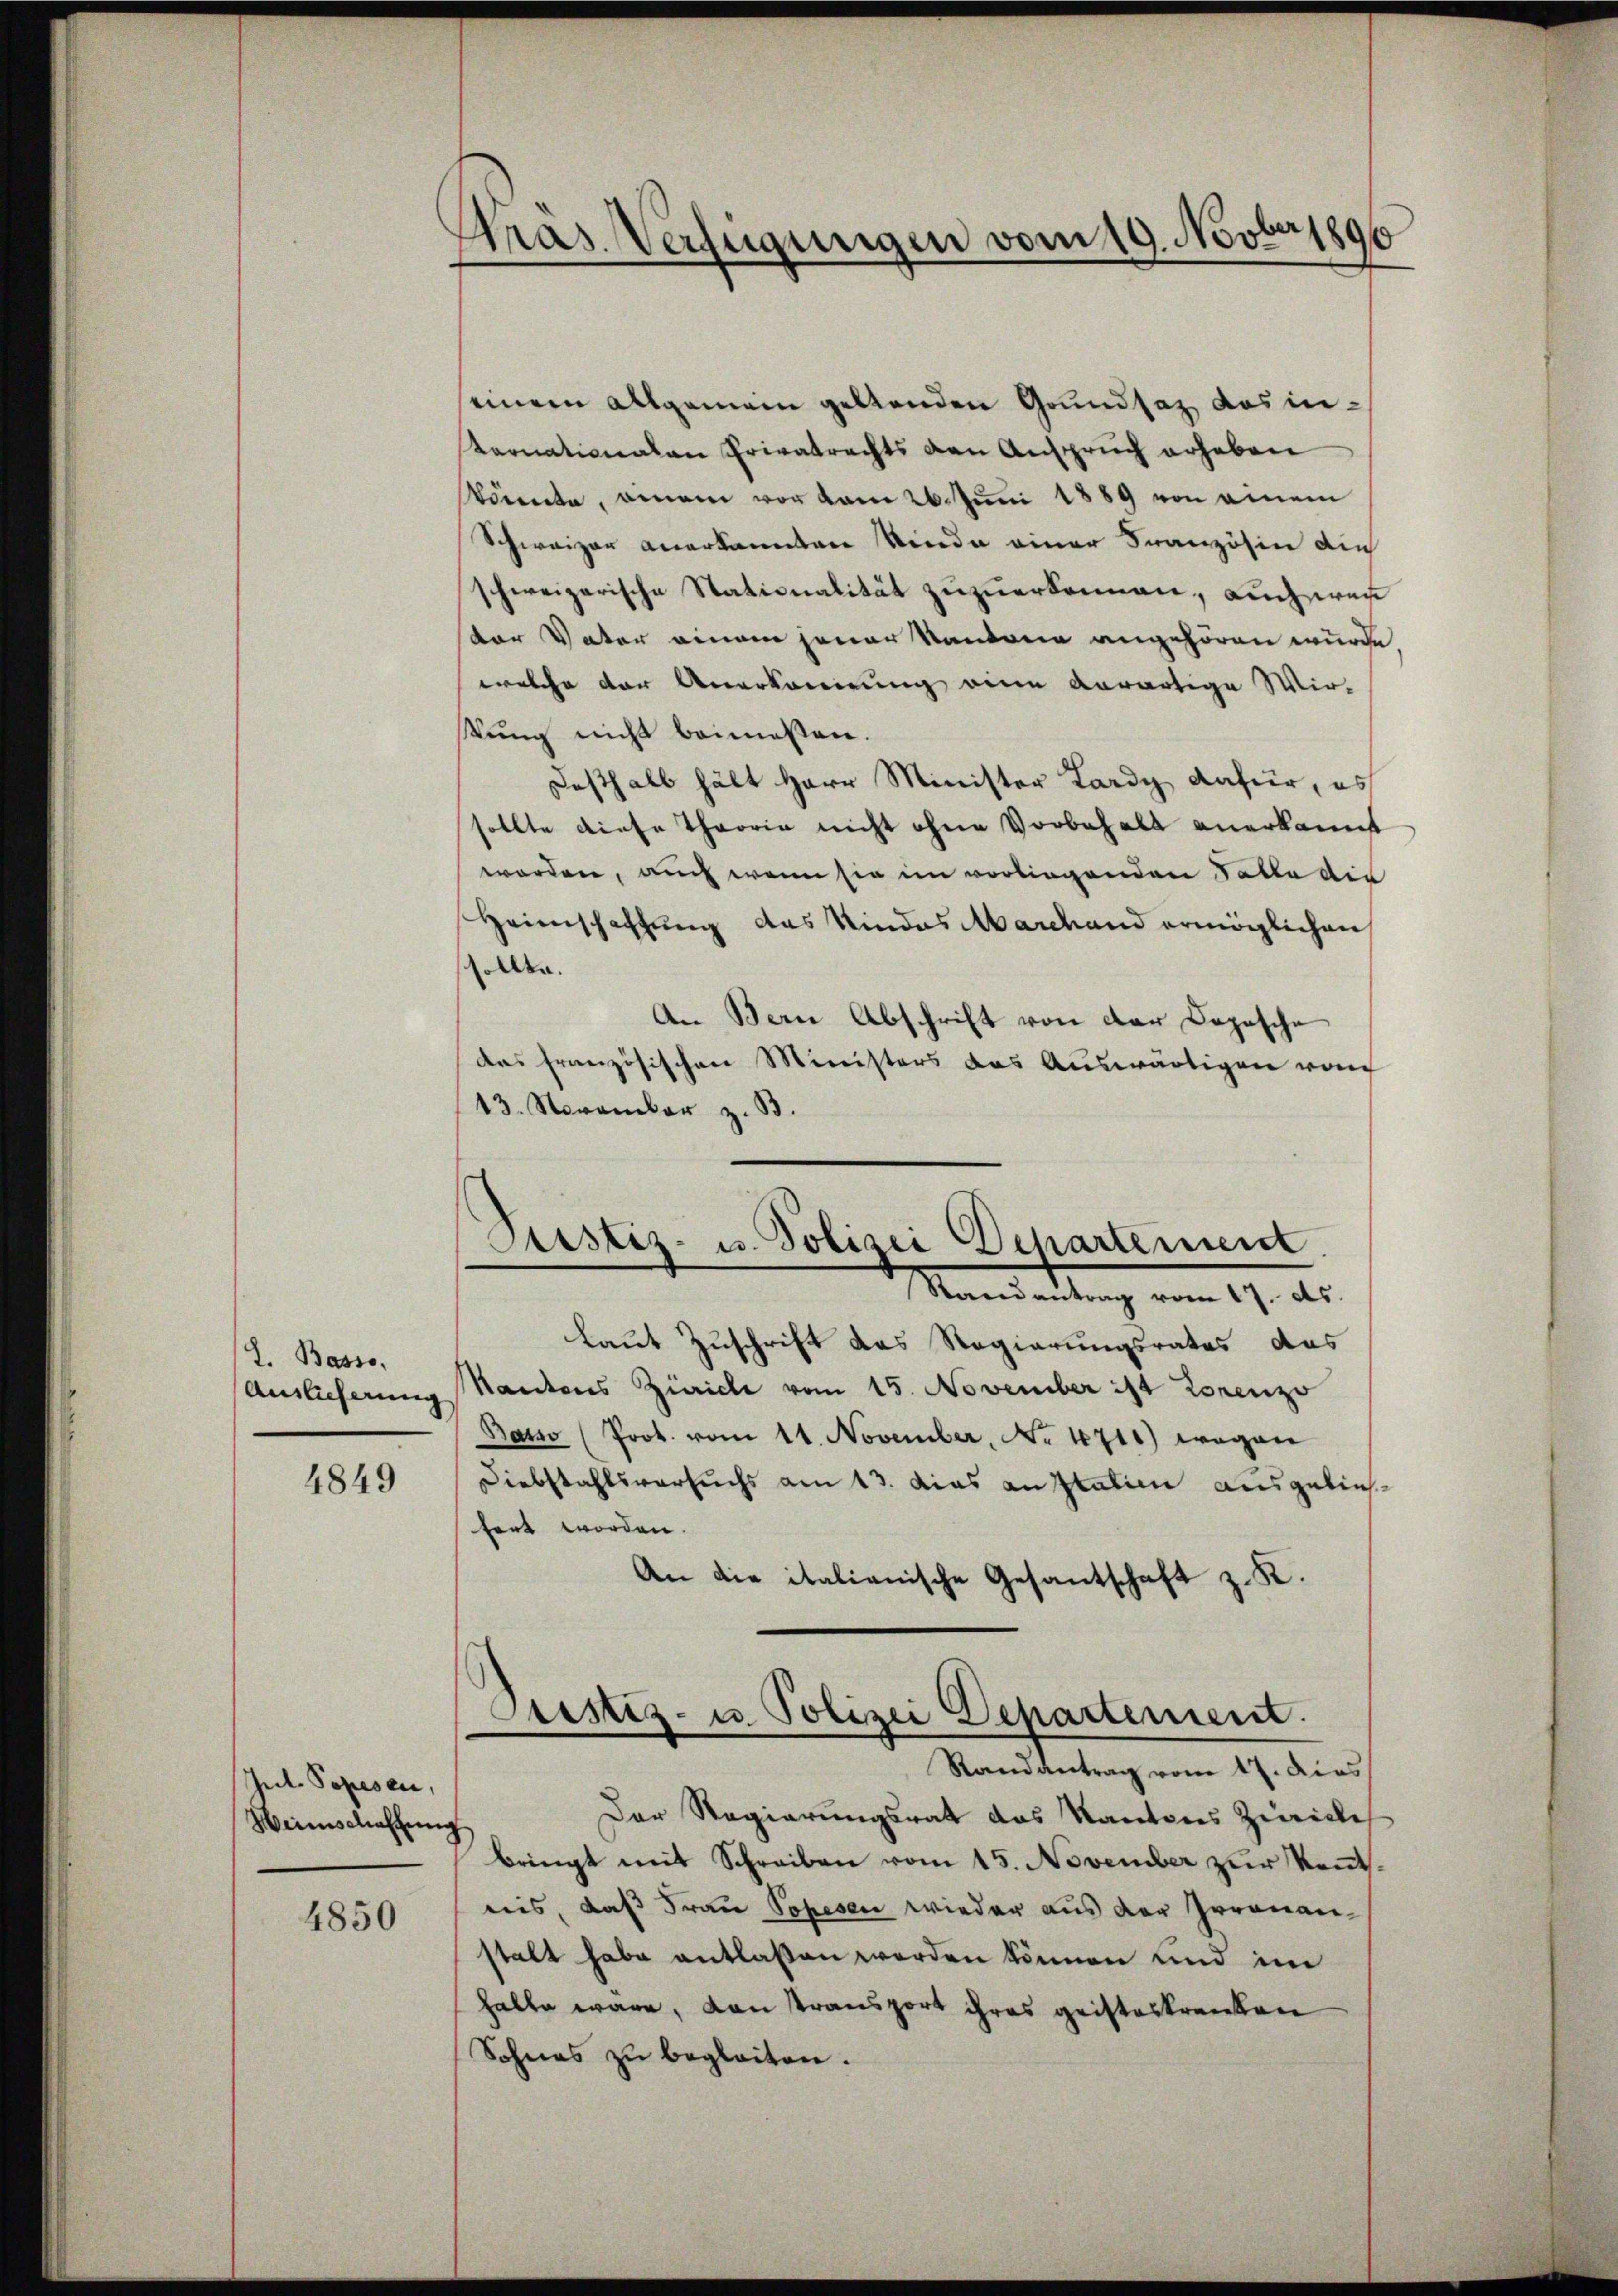
I. Basso,
Auslieferung

4849

Jul. Popesen,
Weinschaffung
4850

Gras Verfügungen vom 19. Novber 1890

einem allgemein geltenden Grundsaz das in¬
Kornationalen Privatrechts den Ansprŭch erheben
stönte, einem vor vom 26. Juni 1889 von einem
Schweizer anerkannten Kinde einer Französin ain
schweizerische Stationalität zuzuerkennen, auch wen
der Vater einem jener Kantone angehören wurde
welche der Anerkannerung eine Aerartige Wir-
kung nicht beimessen.
Deshalb hält Herr Minister Lardy dafür, es
sollte diese Theorie nicht ohne Vorbehalt anerkannt
worden, auch wenn sie im vorliegenden Falle die
Heimschaffung das Kindes Marchand ermöglichen
sollte.
An Bern Abschrift von der Copische
das französischen Ministers das Auswärtigen von
13. November z. B.
Justiz- u. Polizei Departement
Mandartung vom 19. d.
laut Zuschrift das Regierungsrates das
Kantons Zürich vom 15. November ist Lorenz
Basso (Prot. vom 11. November, No. 1711) wegen
Diebstahlsversuchs am 13. das an Italien ausgeliefert worden.
An die italianische Gesantschaft z. K.

Fristiz- u. Polizei Departement
Randantrag vom 17. dies

Der Regierungsrat das Kantons Zürich
bringt mit Schreiben vom 15. November zŭr Kennt.
reis, dass Frau Sopesen wieder aus der Irrenanstalt habe entlassen worden können und im
halte wäre, von Transport ihres geisteskranken
Sohnes zu begleiten.